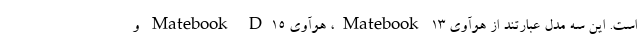
است. این سه مدل عبارتند از هوآوی Matebook 13، هوآوی Matebook D15 و